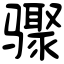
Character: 骤